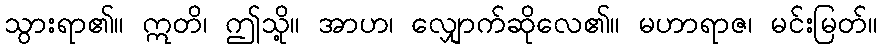
သွားရာ၏။ ဣတိ၊ ဤသို့။ အာဟ၊ လျှောက်ဆိုလေ၏။ မဟာရာဇ၊ မင်းမြတ်။